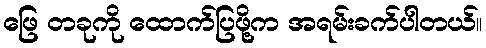
ဖြေ တခုကို ထောက်ပြဖို့က အရမ်းခက်ပါတယ်။